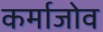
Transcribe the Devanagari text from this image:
कर्माजोव